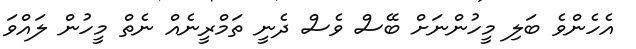
އެހެންވެ ބަލި މީހުންނަށް ބޭސް ވެސް ދެނީ ތަމްރީނެއް ނެތް މީހުން ލައްވަ